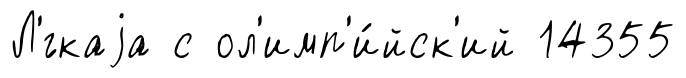
Л'́гкаjа с ол'имп'и́йск'ий 14355